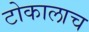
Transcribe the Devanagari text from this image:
टोकालाच